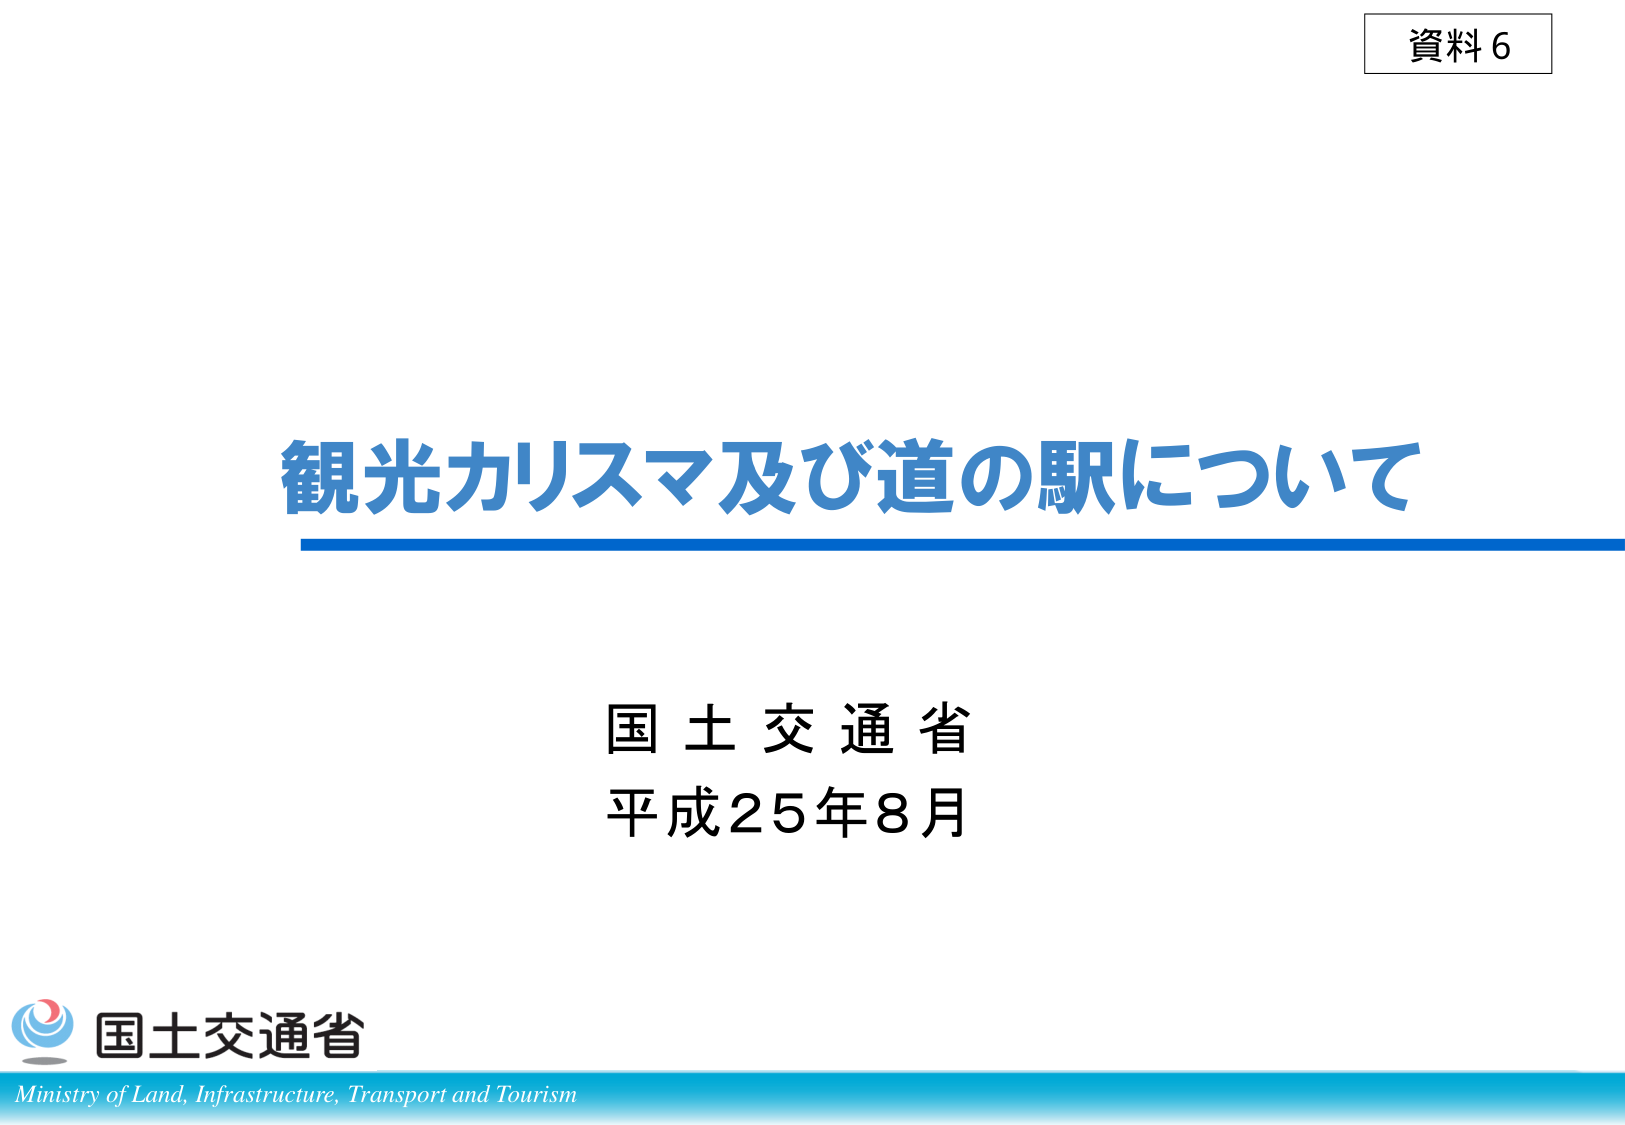
資料6

観光カリスマ及び道の駅について

国土交通省
平成25年8月

国土交通省
Ministry of Land, Infrastructure, Transport and Tourism